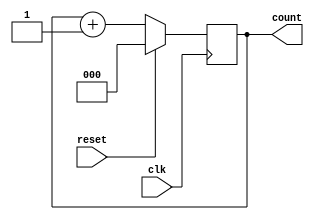
module up_counter (
    input wire clk,          // Clock input
    input wire reset,        // Synchronous reset input
    output reg [2:0] count   // 3-bit output for the counter
);

// State transition logic
always @(posedge clk) begin
    if (reset) begin
        count <= 3'b000;    // Reset the counter to 0
    end else begin
        count <= count + 1; // Increment the counter
    end
end

endmodule